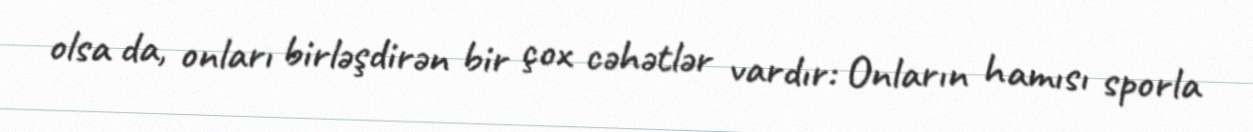
olsa da, onları birləşdirən bir çox cəhətlər vardır: Onların hamısı sporla